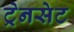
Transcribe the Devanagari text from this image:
ट्रेनसेट